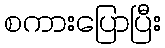
စကားပြောပြီး